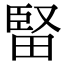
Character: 𤲗